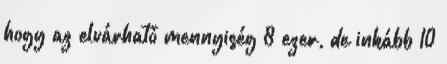
hogy az elvárható mennyiség 8 ezer, de inkább 10